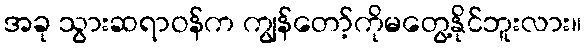
အခု သွားဆရာဝန်က ကျွန်တော့်ကိုမတွေ့နိုင်ဘူးလား။